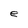
Character: e